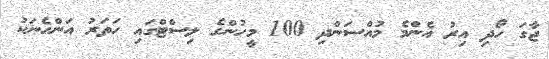
ޖާގަ ހޯދި އިރު އެންމެ މުއްސަންދި 100 މީހުންގެ ލިސްޓްގައި ހަތަރު އަންހެނަކު